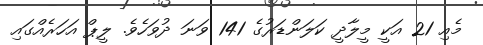
މެއި 21 އަކީ މީލާދީ ކަލަންޑަރުގެ 141 ވަނަ ދުވަހެވެ. ލީޕް އަހަރެއްގައި